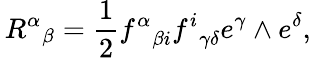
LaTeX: {{\, R^{\alpha}}}_{\beta}={\frac{1}{2}}{f^{\alpha}}_{\beta i}{f^{i}}_{\gamma\delta}e^{\gamma}\wedge e^{\delta},